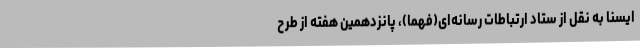
ایسنا به نقل از ستاد ارتباطات رسانه‌ای(فهما)، پانزدهمین هفته از طرح